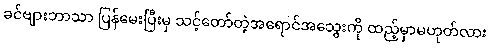
ခင်ဗျားဘာသာ ပြန်မေးပြီးမှ သင့်တော်တဲ့အရောင်အသွေးကို ထည့်မှာမဟုတ်လား